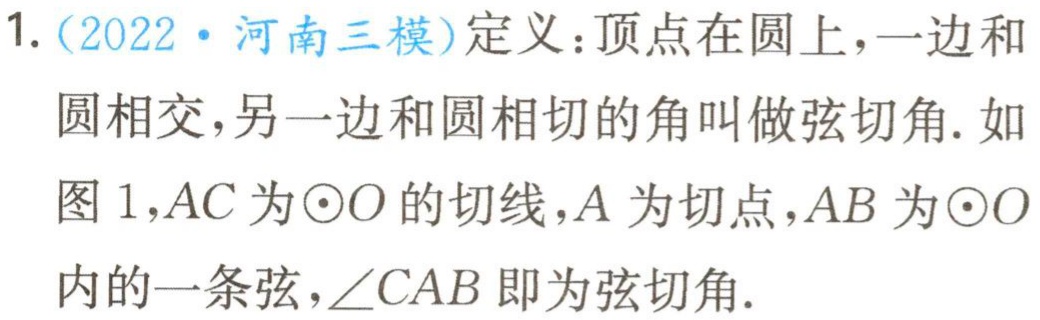
1.（2022·河南三模）定义：顶点在圆上，一边和
圆相交，另一边和圆相切的角叫做弦切角. 如
图 1，\(AC\)为\(\odot O\)的切线，\(A\)为切点，\(AB\)为\(\odot O\)
内的一条弦，\(\angle CAB\)即为弦切角.